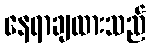
နေရာချထားသည်